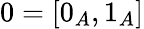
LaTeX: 0=[0_{A},1_{A}]